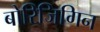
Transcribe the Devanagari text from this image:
बोरिजिगिन